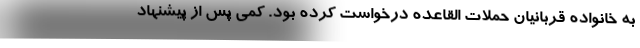
به خانواده قربانیان حملات القاعده درخواست کرده بود. کمی پس از پیشنهاد